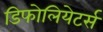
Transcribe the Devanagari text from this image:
डिफोलियेटर्स